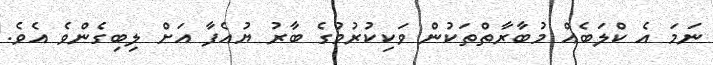
ނަމަ އެ ކްލަބެއް މުބާރާތްތަކުން ވަކިކުރުމުގެ ބާރު ޔުއެފާ އަށް ލިބިގެންވެ އެވެ.